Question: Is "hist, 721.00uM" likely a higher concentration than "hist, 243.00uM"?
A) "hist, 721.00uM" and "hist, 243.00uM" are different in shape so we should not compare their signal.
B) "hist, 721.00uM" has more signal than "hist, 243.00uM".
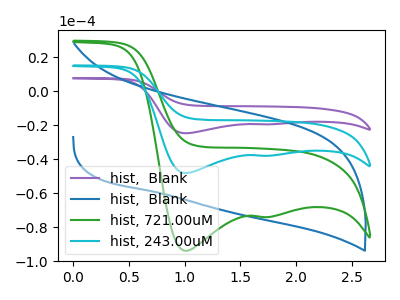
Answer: <think>The purple curve "hist,  Blank" has cathodic peaks at (1.00V, -96.20uA) (1.70V, -75.85uA). The blue curve "hist,  Blank" has no peaks. The green curve "hist, 721.00uM" has cathodic peaks at (1.00V, -93.90uA) (1.70V, -74.00uA). The cyan curve "hist, 243.00uM" has cathodic peaks at (1.00V, -48.10uA) (1.70V, -37.90uA).
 All the peaks in "hist, 721.00uM" have a peak in "hist, 243.00uM" at the same potential. Every peak in "hist, 721.00uM" is higher than every peak in "hist, 243.00uM".</think>
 <answer>B) "hist, 721.00uM" has more signal than "hist, 243.00uM".</answer>
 <eval>B</eval>